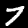
Label: 7